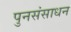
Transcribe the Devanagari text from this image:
पुनसंसाधन